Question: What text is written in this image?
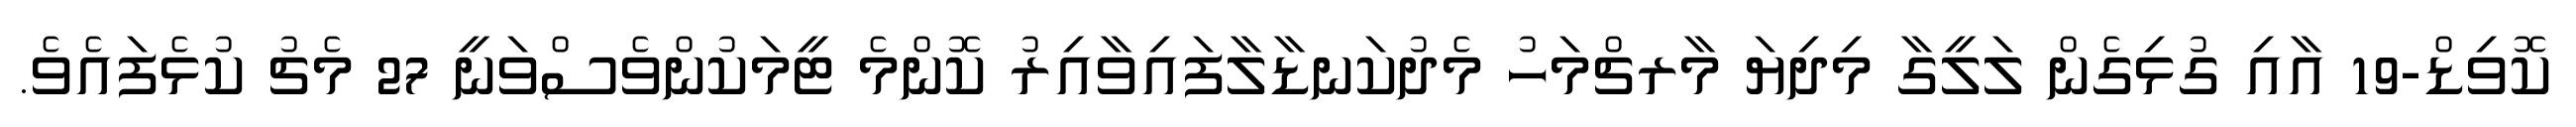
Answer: ކޮވިޑް-19 އާއި ގުޅިގެން ލަލީގާ މިދިޔަ މާރޗްމަހު މެދުކަނޑާލާފައިވާއިރު ކޮންމެ ޓީމަކުންވެސްވަނީ 27 މެޗު ކުޅެފައެވެ.